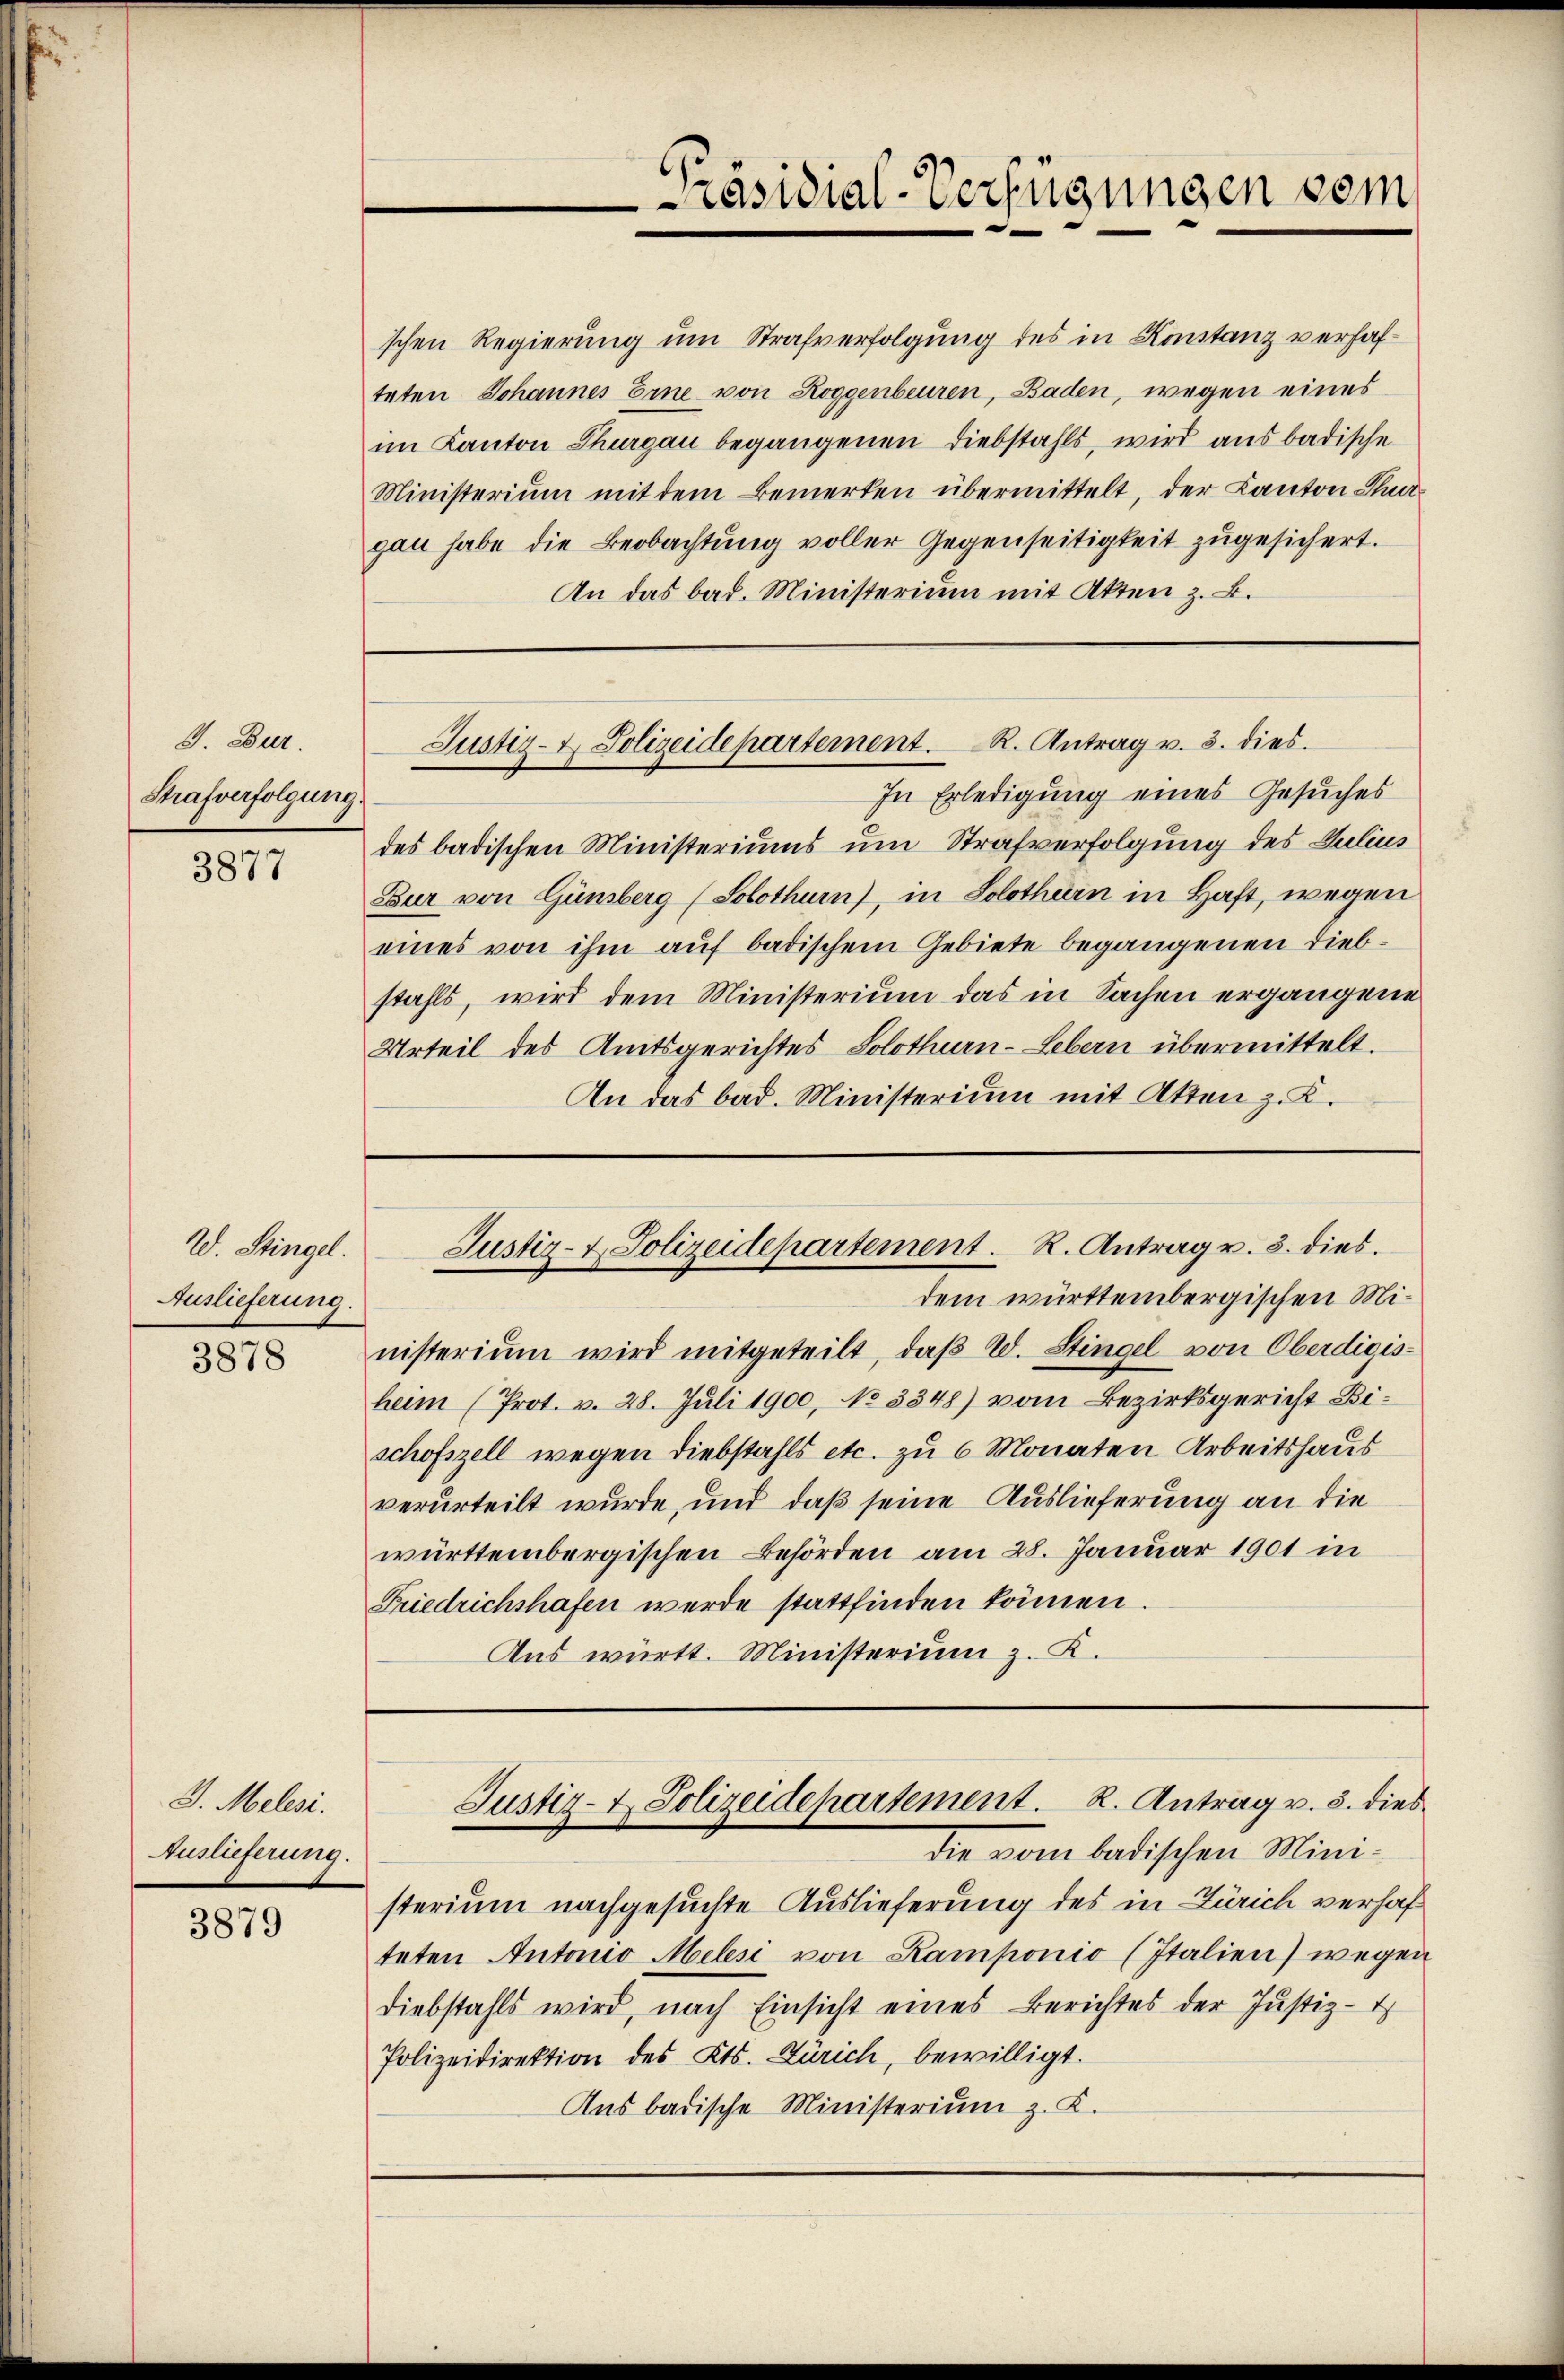
J. Dur
Strafverfolgung.

3877

W. Stingel.
Auslieferung.

3878

J. Melesi.
Auslieferung.

3879

schen Regierung um Strafverfolgung des in Konstanz verhafteten Johannes Eine von Roggenbeuren, Baden, wegen eines
im Kanton Thurgau begangenen Diebstahls, wird aus badische
Ministerium mit dem Bemerken übermittelt, der Kanton Thurgau habe die Beobachtung voller Gegenseitigkeit zugesichert.
An das bad. Ministerium mit Akten z. B.

In Erledigung eines Gesuches
des badischen Ministeriums um Strafverfolgung des Julius
Eur von Günsberg (Solothurn), in Solothurn in Haft, wegen
eines von ihm auf badischem Gebiete begangenen Diebstahls, wird dem Ministerium das in Sachen ergangene
Urteil des Amtsgerichtes Solothurn-Lebern übermittelt.
An das bad. Ministerium mit Atten z. K.

dem württembergischen Ministeriŭm wird mitgeteilt, daβ W. Stingel von Oberdigis-
heim (Prot. v. 28. Juli 1900, No 3348) vom Bezirksgericht Bischofszell wegen Diebstahls etc. zu 6 Monaten Arbeitshaus
verurteilt wurde, und daß seine Auslieferung an die
württembergischen Behörden am 28. Januar 1901 in
Friedrichshafen werde stattfinden können.
Aus württ. Ministerium z. K.

Justiz- & Polizeidepartement. R. Antrag u. 3. dies

Präsidial-Verfügungen sein

Justiz- & Polizeidepartement. R. Antrag u. 3. dies.

die vom badischen Ministerium nachgesuchte Auslieferung des in Zürich verhafteten Antonio Melese von Kamponio (Italien) wegen
Diebstahls wird, nach Einsicht eines Berichtes der Justiz-
Polizeidirektion des Kts. Zürich, bewilligt.
Aus badische Ministerium z. K.

Justiz- & Polizeidepartement. R. Antrag v. 3. dies